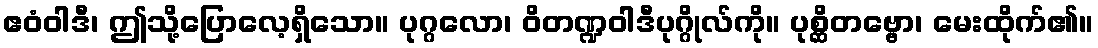
ဧဝံဝါဒီ၊ ဤသို့ပြောလေ့ရှိသော။ ပုဂ္ဂလော၊ ဝိတဏ္ဍဝါဒီပုဂ္ဂိုလ်ကို။ ပုစ္ဆိတဗ္ဗော၊ မေးထိုက်၏။